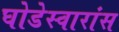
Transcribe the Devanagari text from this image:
घोडेस्वारांस